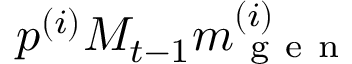
p ^ { ( i ) } M _ { t - 1 } m _ { \mathrm { ~ g ~ e ~ n ~ } } ^ { ( i ) }